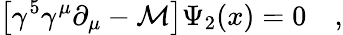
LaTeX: \left[\gamma^{5}\gamma^{\mu}\partial_{\mu}-\mathcal{M}\right]\Psi_{2}(x)=0\quad,